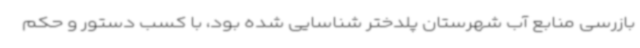
بازرسی منابع آب شهرستان پلدختر شناسایی شده بود، با کسب دستور و حکم